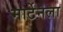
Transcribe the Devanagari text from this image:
मार्टेनला